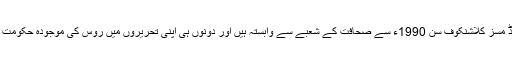
جرمنی میں سکونت پذیر مسٹر اینڈ مسز کلاشنکوف سن 1990ء سے صحافت کے شعبے سے وابستہ ہیں اور دونوں ہی اپنی تحریروں میں روس کی موجودہ حکومت کو تنقید کا نشانہ بناتے رہتے ہیں۔